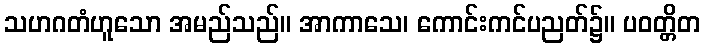
သဟဂတံဟူသော အမည်သည်။ အာကာသေ၊ ကောင်းကင်ပညတ်၌။ ပဝတ္တိတ